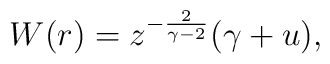
W(r)=z^{-{2\over {\gamma-2}}}(\gamma+u),